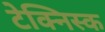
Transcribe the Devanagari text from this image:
टेक्निस्क